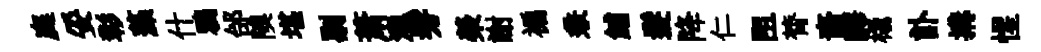
庭妥彰藻什鴉邰隩堪剔萧澠髣榮謝褊兼鯆髮降仁阻膂裔驛橇訃搆惺